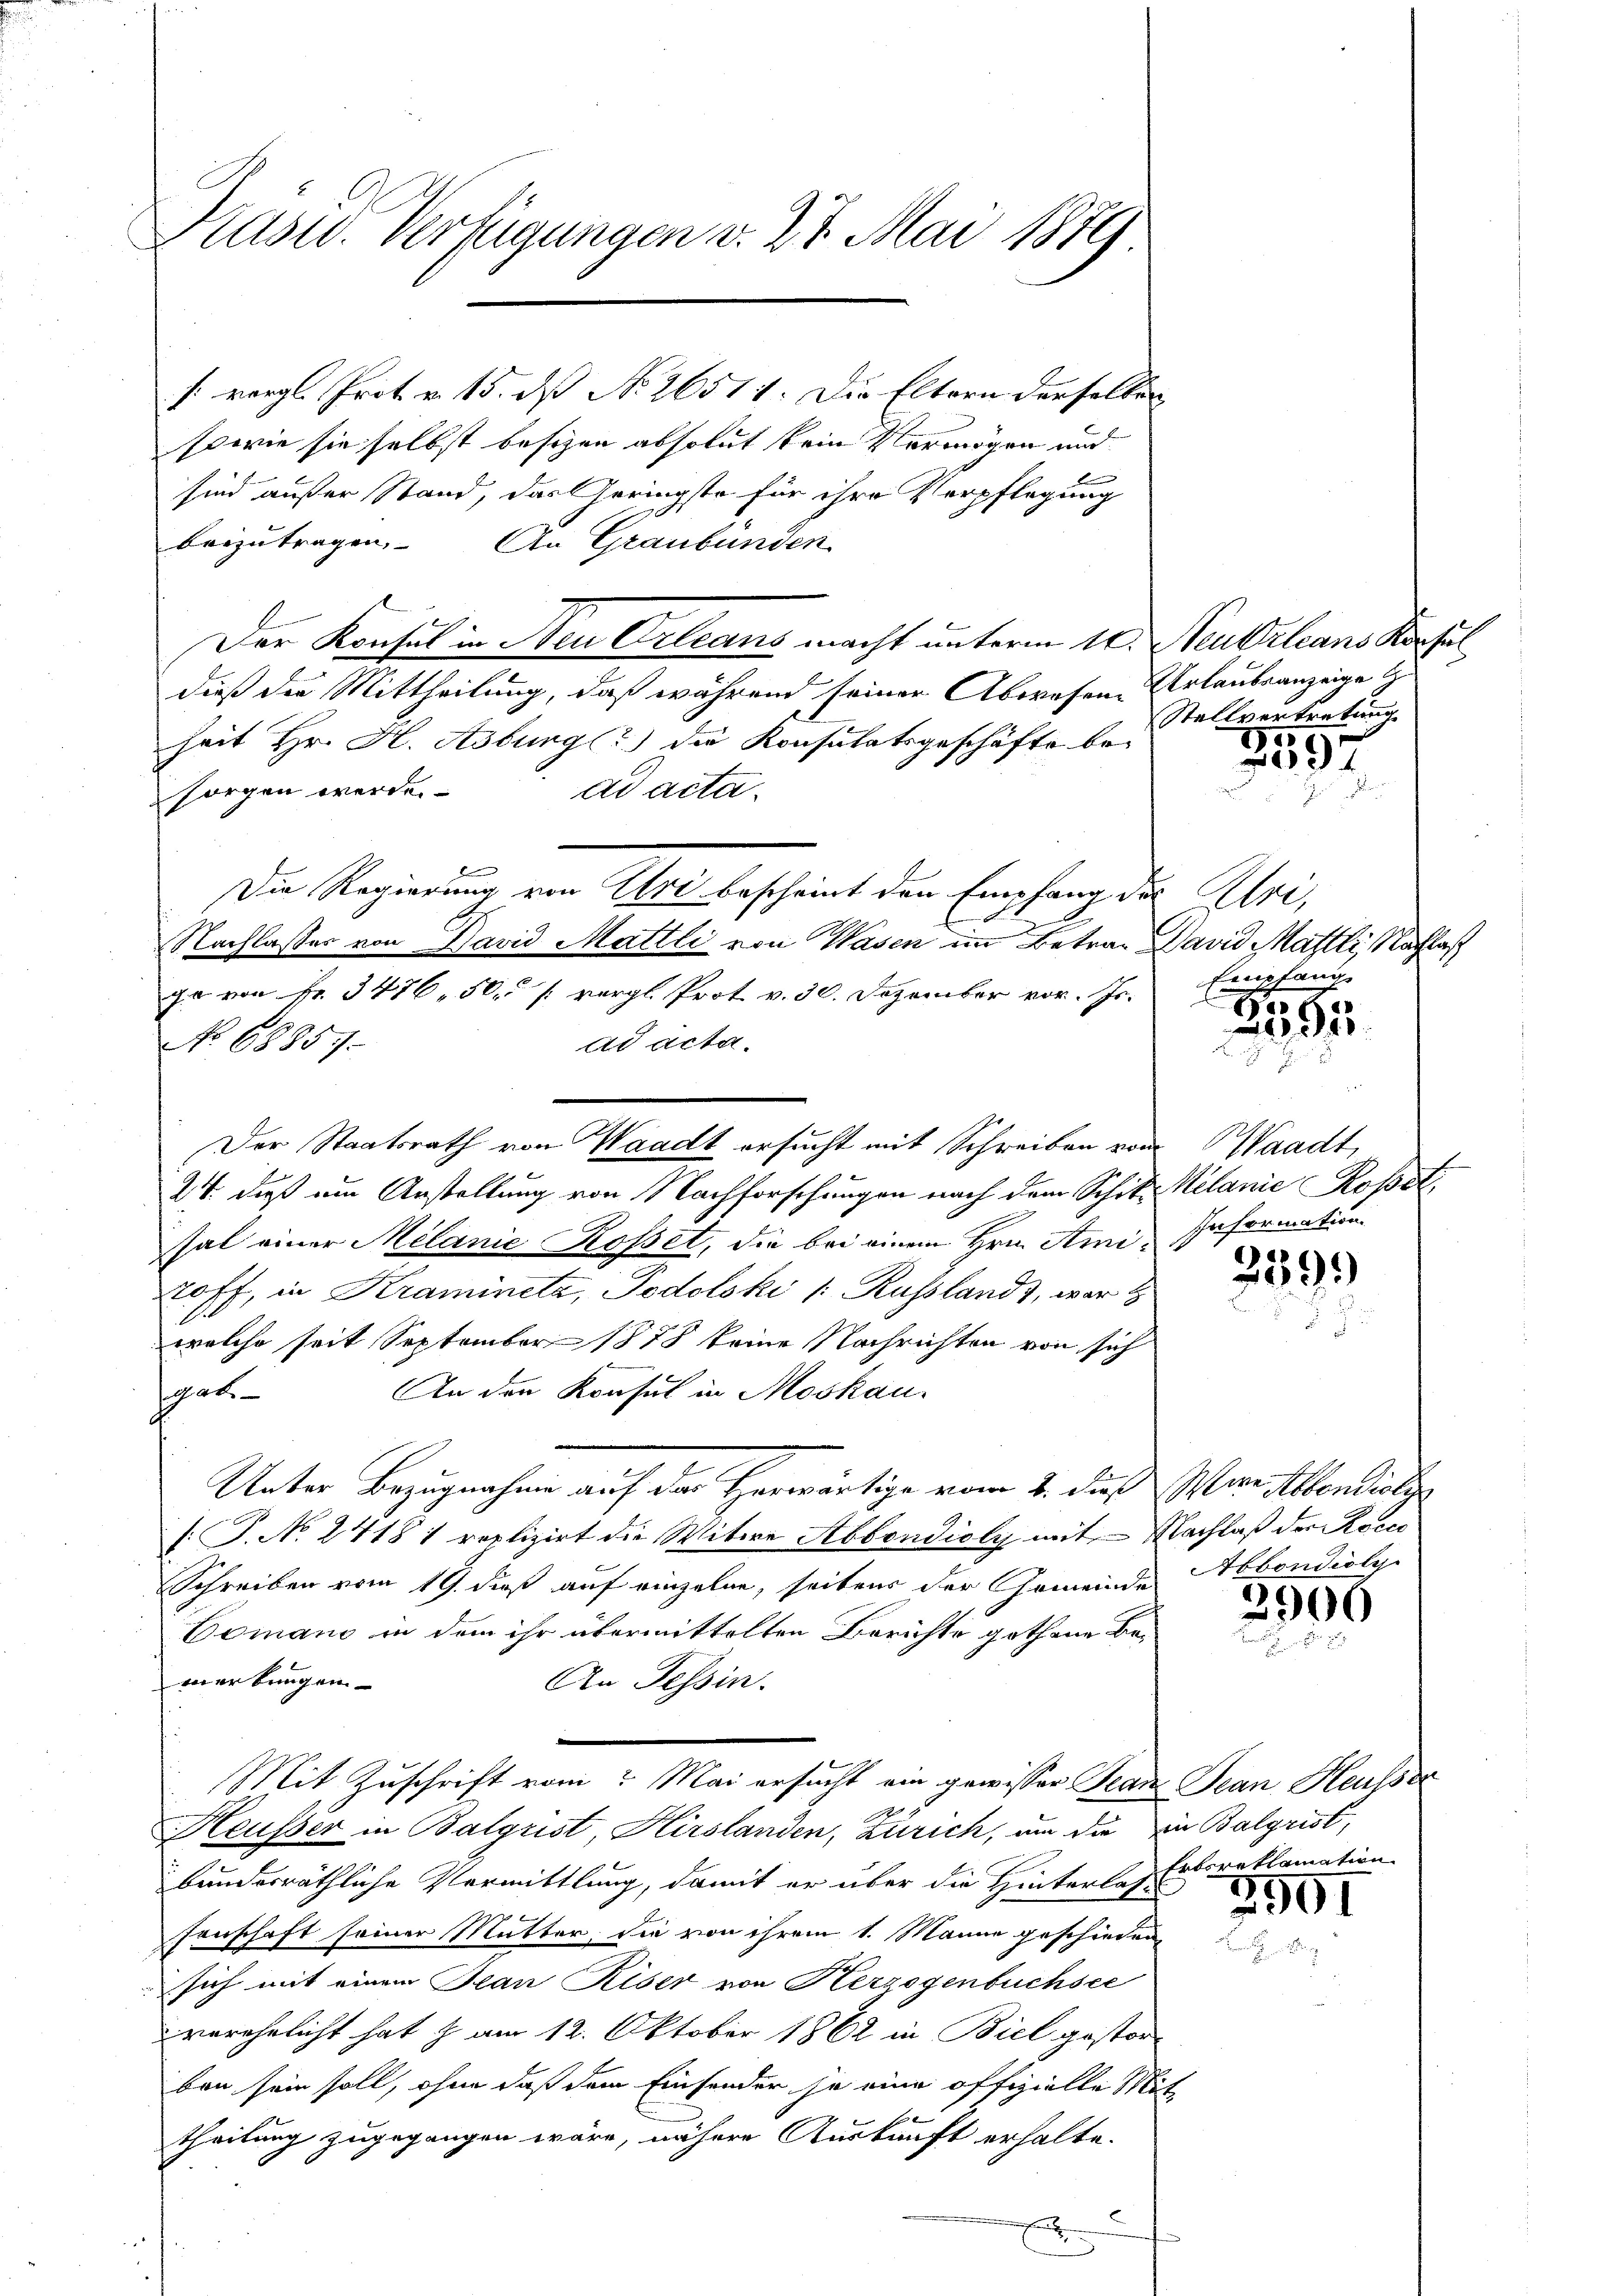
Prasw. Verfügungen v. 27. Mai 1879

[ vergl. Prot. v. 15. ds No. 26511. Die Eltern derselben
sowie sie selbst besizen absolut kein Vermögen und
sind außer Stand, das Geringste für ihre Verpflegung
beizutragen. An Graubünden
Der Konsul in Neu Orleans macht unterm 10. Neukrleans Konsul
dieß die Mittheilung, daß während seiner Abwesen Urlaubsanzeige
heit Hr. H. Asburg (?) die Konsulatsgeschäfte be-
ad acta.
sorgen werde
Die Regierung von Uri bescheint den Empfang der Uri,
2
Nachlasser von Bavid Mattli von Wasen im Betrag David Mattli, Nachlaß
go von Fr. 3476. 50. [vergl. Prot v. 30. Dezember vor. Js.
ad acta.
No 68857.
Der Staatsrath von Waadt ersucht mit Schreiben vom Waadt,
24. dieß um Anstellung von Nachforschungen nach dem Schitz Melanie Rosst,
sal einer Milanie Roßet, die bei einem Hrn. Ami, Information
toff, in Kramineta, Podolski /: Russlandt, war d
welche seit September 1878 keine Nachrichten von sich
An den Konsul in Moskau
spat
Unter Bezugnahme auf der Herwärtige vom 2. dieß vor Abendialg
[: J. No. 2418) replizirt die Witwe Abbondioly mit Nachlaß der Reic
Schreiben vom 19. dieß auf einzelne, seitens der Gemeinde Abbondiolge
Comano in dem ihr übermittelten Berichte gethane Beverbungen
An Tessin.
Mit Zuschrift vom Mai ersucht ein gewisser Jean Jean Heusser
Heusser in Balgrist, Hirslanden, Zürich, um die in Balgrist,
bundesräthliche Vermittlung, damit er über die Hinterlez Erbsreklamation
senschaft seiner Mutter, die von ihrem 1. Manne geschieden,
sich mit einem Jean Riser von Herzogenbüchsee
verehelicht hat J. am 12. Oktober 1862 in Biel gestor
ben sein soll, ohne daß dem Einsender ja eine offizielle Mit
theilung zugegangen wäre, nähere Auskunft erhalte.

Stellvertretung.

3597

g

595

239.

2000

3901